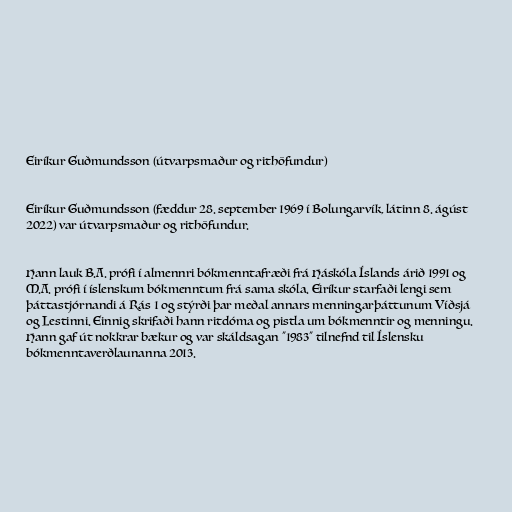
Eiríkur Guðmundsson (útvarpsmaður og rithöfundur)

Eiríkur Guðmundsson (fæddur 28. september 1969 í Bolungarvík, látinn 8. ágúst
2022) var útvarpsmaður og rithöfundur.

Hann lauk B.A. prófi í almennri bókmenntafræði frá Háskóla Íslands árið 1991 og
M.A. prófi í íslenskum bókmenntum frá sama skóla. Eiríkur starfaði lengi sem
þáttastjórnandi á Rás 1 og stýrði þar meðal annars menningarþáttunum Víðsjá
og Lestinni. Einnig skrifaði hann ritdóma og pistla um bókmenntir og menningu.
Hann gaf út nokkrar bækur og var skáldsagan "1983" tilnefnd til Íslensku
bókmenntaverðlaunanna 2013.